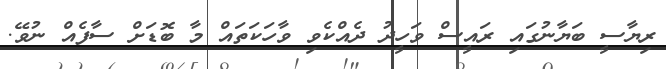
ރިޔާސީ ބަޔާނުގައި ރައީސް ވަހީދު ދެއްކެވި ވާހަކަތައް މާ ބޮޑަށް ސާފެއް ނުވޭ.